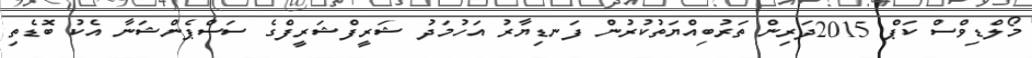
މޯލްޑިވްސް ކަޕް 2015ދަރިން ތަރުބިއްޔަތުކުރުން ފަނޑިޔާރު އަހުމަދު ޝަރީފްޝަރީފްގެ ސަސްޕެންޝަނާ އެކު ބޮޑެތި